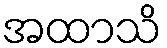
အထာသိ